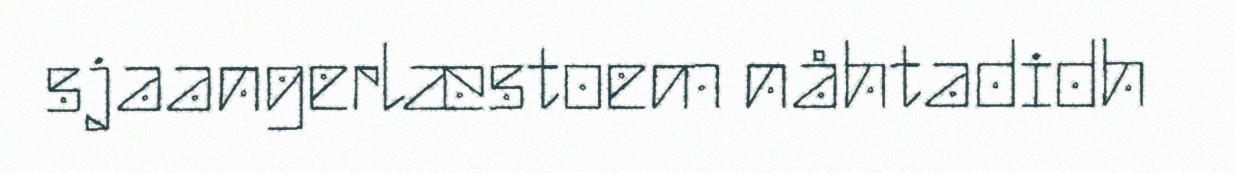
sjaangerlæstoem nåhtadidh